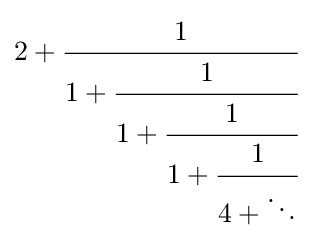
2+{\cfrac {1}{1+{\cfrac {1}{1+{\cfrac {1}{1+{\cfrac {1}{4+\ddots }}}}}}}}